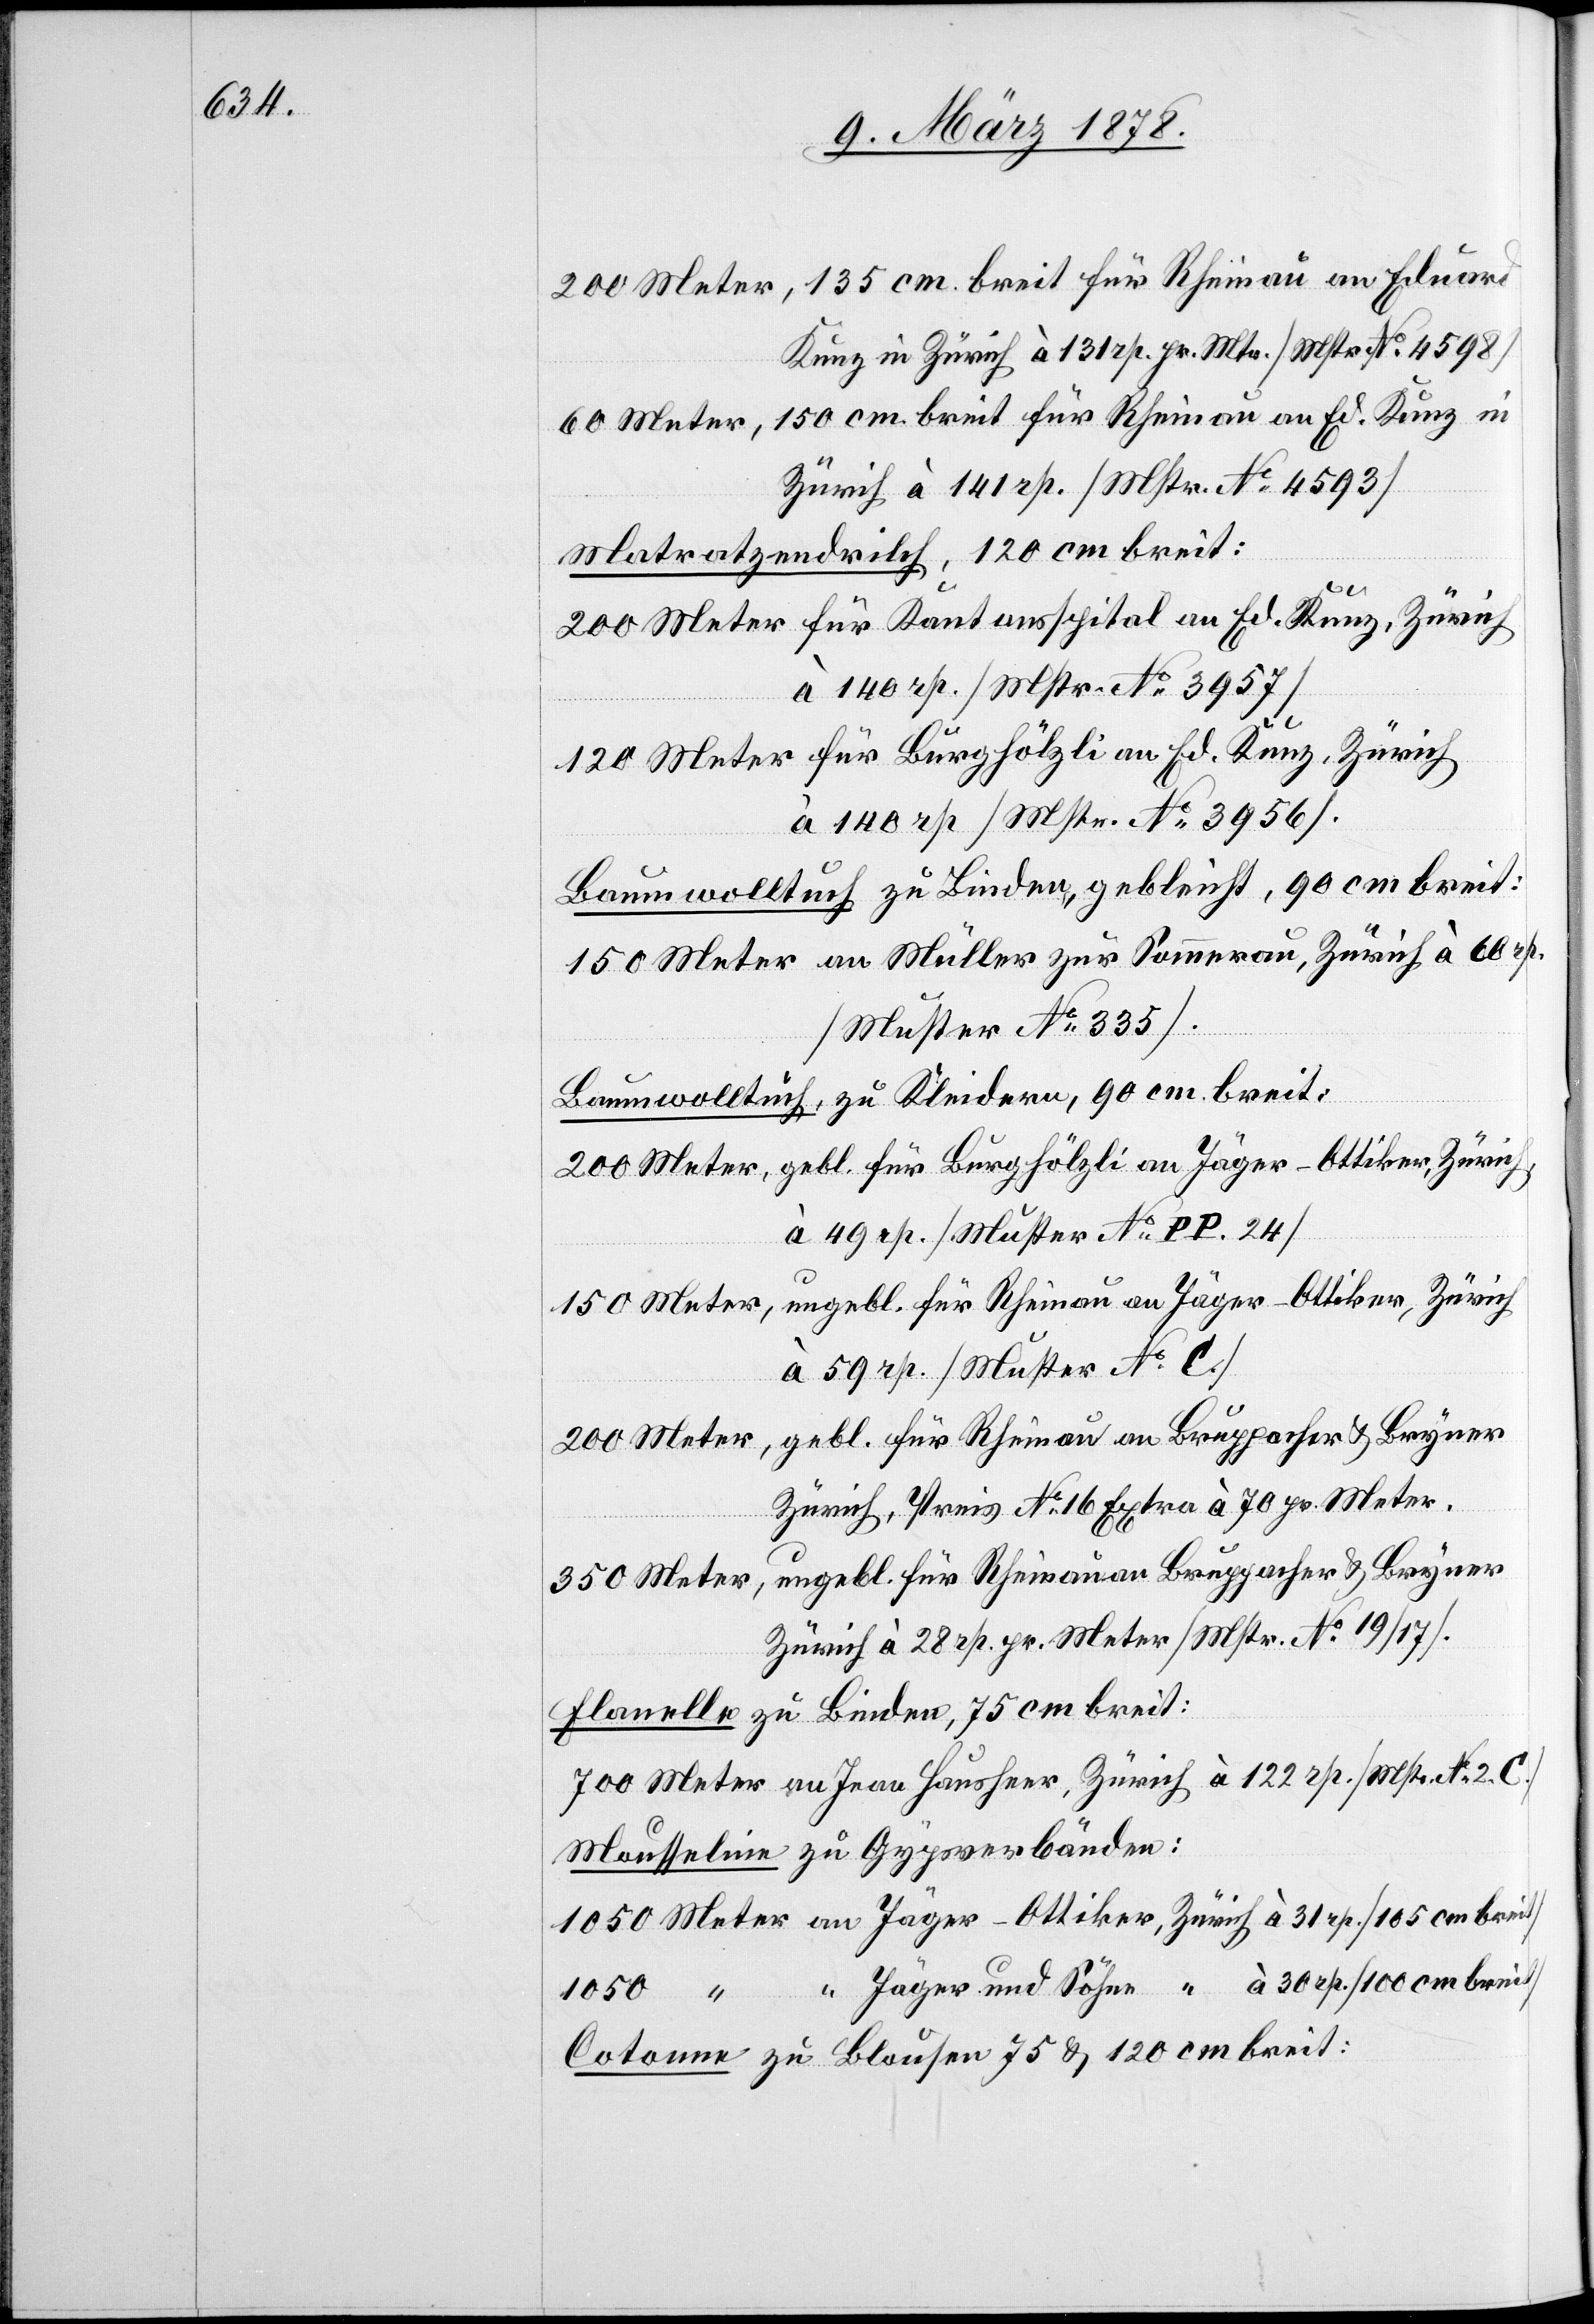
200 Meter, 135 cm breit für Rheinau an Eduard
Kunz in Zürich à 131 rp. pr. Mtr. (Mstr No 4598)
60 Meter, 150 cm breit für Rheinau an Ed. Kunz in
Zürich à 141 rp. (Mstr No 4593)
Matratzendrilch, 120 cm breit:
200 Meter für Kantonsspital an Ed. Kunz, Zürich
à 140 rp. (Mstr No 3957)
120 Meter für Burghölzli an Ed. Kunz, Zürich
à 140 rp (Mstr No 3956).
Baumwolltuch zu Linden, gebleicht, 90 cm breit:
150 Meter an Müller zur Sommerau, Zürich à 60 rp.
(Muster No 335).
Baumwolltuch, zu Kleidern, 90 cm breit:
gebl. für Burghölzli an Jäger-Ottiker, Zürich
200 Meter,
à 49 rp. (Muster No PP. 24)
ungebl. für Rheinau an Jäger Ottiker, Zürich
150 Meter,
à 59 rp. (Muster No C)
gebl. für Rheinau an Bruppacher & Bryner
Zürich, Preis No 16 Extra à 70 pr. Meter.
Flanelle zu Linden, 75 cm breit:
700 Meter an Frau Hausheer, Zürich à 122 rp. (Mstr No 2.
Mousseline zu Gypsverbänden:
1050 Meter an Jäger-Ottiker, Zürich à 31 rp. (105 cm breit)
1050 “ “ Jäger und Söhne “ à 30 rp. (100 cm breit)
Cotonne zu Blousen 75 & 120 cm breit: